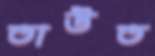
তাউত